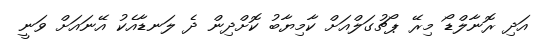
އަދި ރޮނާލްޑޯ މިރޭ ޕޯޗުގަލްއަށް ކާމިޔާބު ކޮށްދިން ދެ ލަނޑާއެކު އޭނައަށް ވަނީ